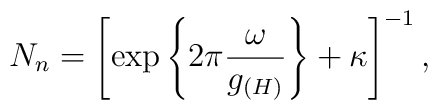
N_{n}=\left[\exp\left\{2\pi\frac{\omega}{g_{(H)}}\right\}+\kappa\right]^{-1},